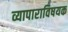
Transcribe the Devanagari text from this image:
व्यापाराविषयक